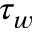
\tau _ { w }